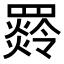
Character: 𦌣